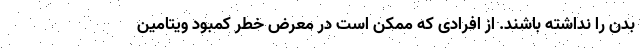
بدن را نداشته باشند. از افرادی که ممکن است در معرض خطر کمبود ویتامین